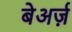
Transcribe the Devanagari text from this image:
बेअर्ज़